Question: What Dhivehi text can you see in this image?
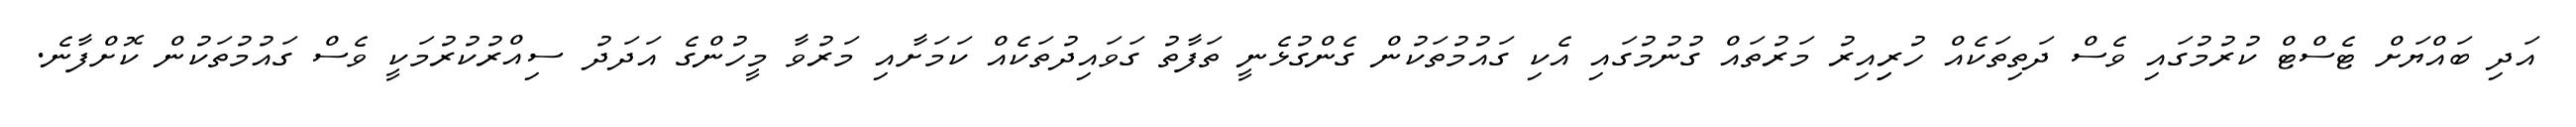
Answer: އަދި ބައްޔަށް ޓެސްޓް ކުރުމުގައި ވެސް ދަތިތަކެއް ހުރިިއިރު މަރުތައް ގުނުމުގައި އެކި ގައުމުތަކުން ގެންގުޅެނީ ތަފާތު ގަވައިދުތަކެއް ކަމަށާއި މަރުވާ މީހުންގެ އަދަދު ސިއްރުކުރުމަކީ ވެސް ގައުމުތަކުން ކޮށްފާނެ.